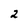
Character: 2